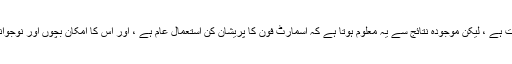
اگرچہ مستقبل کی تحقیق کی ضرورت ہے ، لیکن موجودہ نتائج سے یہ معلوم ہوتا ہے کہ اسمارٹ فون کا پریشان کن استعمال عام ہے ، اور اس کا امکان بچوں اور نوجوانوں میں غریب ذہنی صحت سے ہے۔